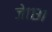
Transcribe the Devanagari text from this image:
जे११३१